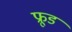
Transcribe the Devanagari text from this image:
फ्रूड